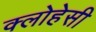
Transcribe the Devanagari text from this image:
क्लोहेसी